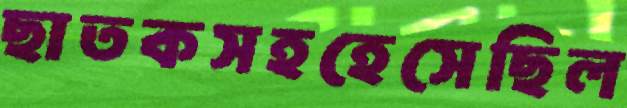
ছাতকসহহেসেছিল